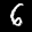
Label: 6